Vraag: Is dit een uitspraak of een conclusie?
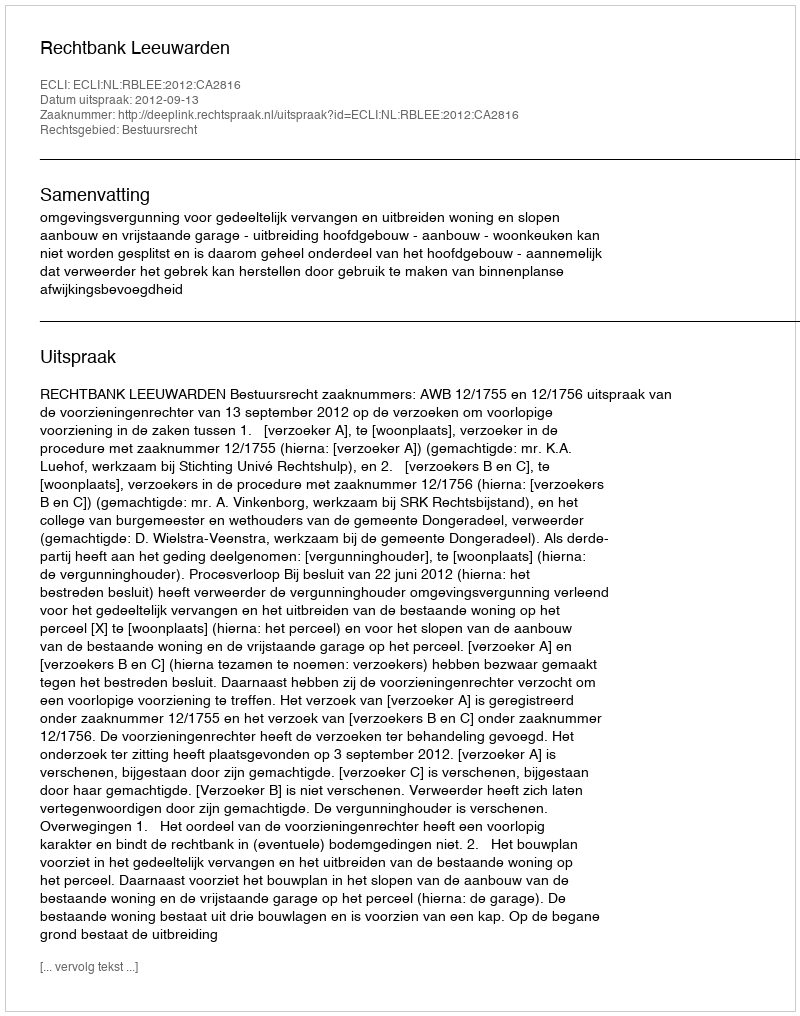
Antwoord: Uitspraak